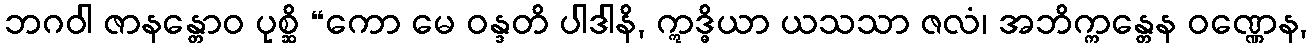
ဘဂဝါ ဇာနန္တောဝ ပုစ္ဆိ “ကော မေ ဝန္ဒတိ ပါဒါနိ, ဣဒ္ဓိယာ ယသသာ ဇလံ၊ အဘိက္ကန္တေန ဝဏ္ဏေန,